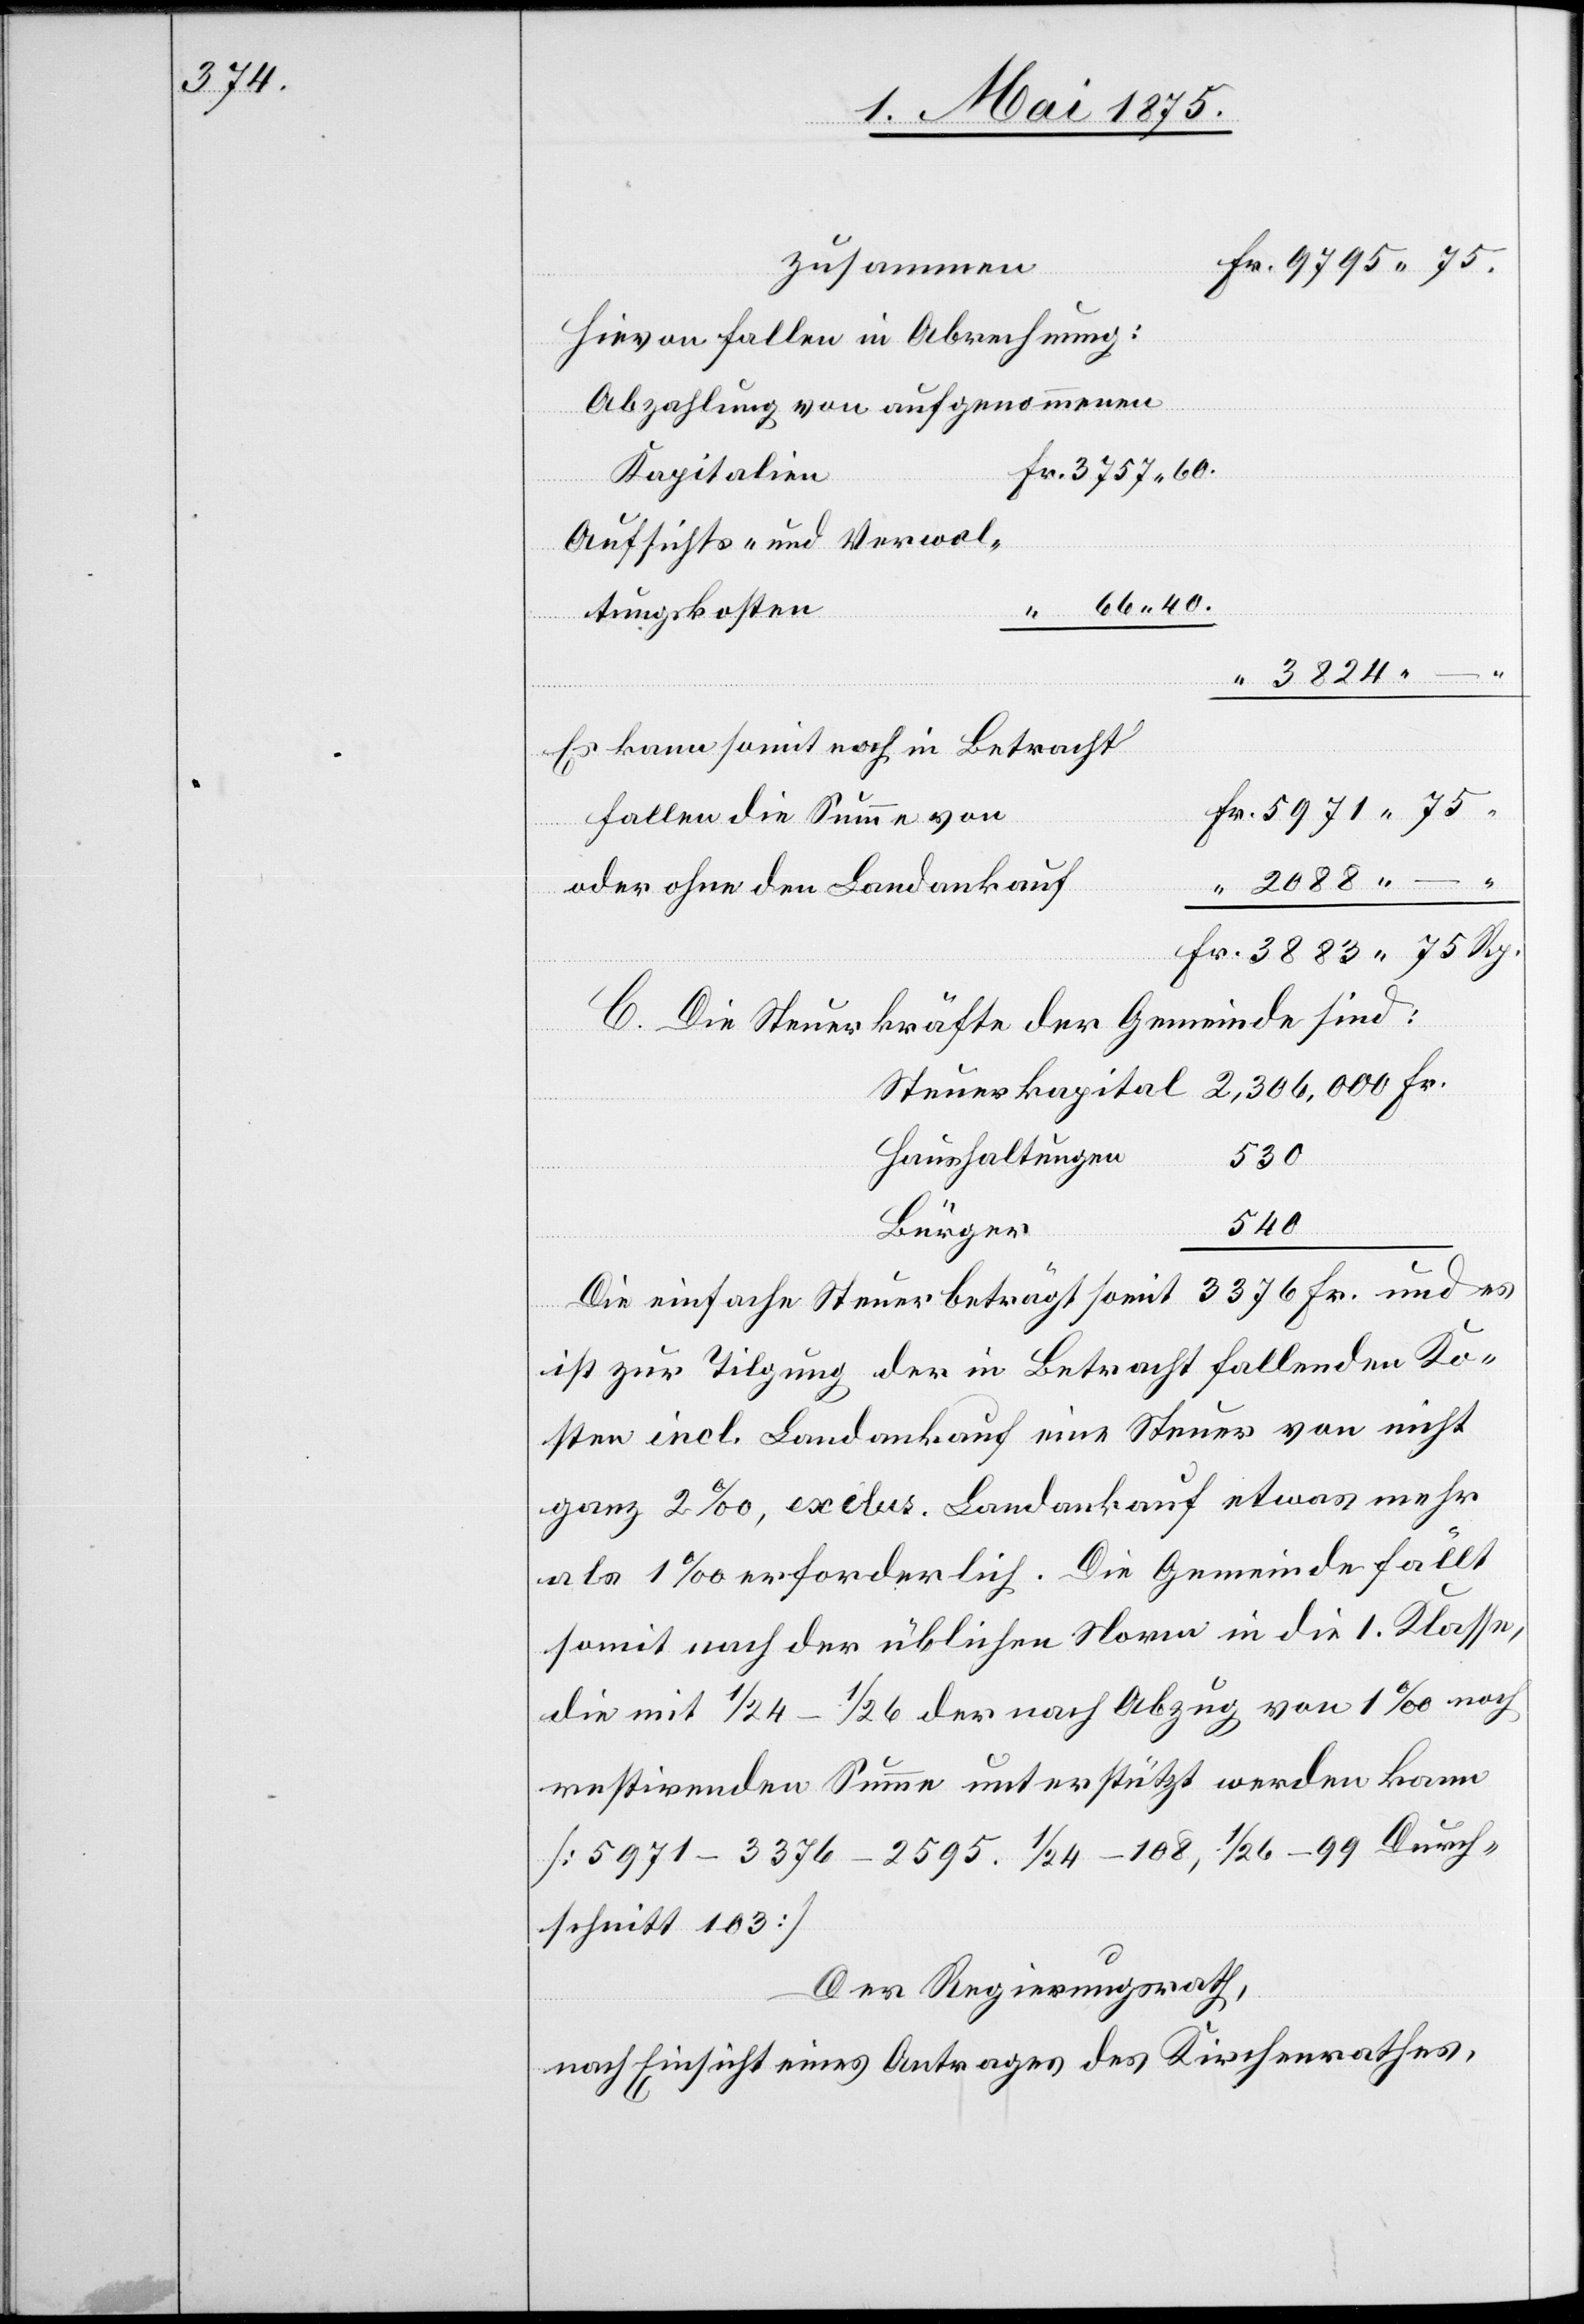
3757 60.

zusammen
Hievon fallen in Abrechnung:
Abzahlung von aufgenommenen
Kapitalien
Aufsichts- und Verwal¬
tungskosten
–
40.
3824 –
Es kann somit noch in Betracht
fallen die Summe von
Oder ohne Landankauf
C. Die Steuerkräfte der Gemeinde sind:
Haushaltungen
530
540
Bürger
Die einfache Steuer beträgt somit 3376 Fr. und es
ist zur Tilgung der in Betracht fallenden Ko¬
sten incl. Landankauf eine Steuer von nicht
ganz 2‰, exclus. Landankauf etwas mehr
als 1‰ erforderlich. Die Gemeinde fällt
somit nach der üblichen Norm in die I. Klasse,
die mit 1/24–1/26 der nach Abzug von 1‰ noch
restirenden Summe unterstützt werden kann
[5971 – 3376 – 2595. 1/26–108, 1/26–99 Durch¬
schnitt 103]
Der Regierungsrath,
nach Einsicht eines Antrages des Kirchenrathes,